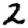
Digit: 2